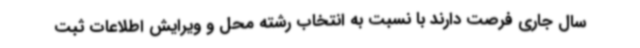
سال جاری فرصت دارند با نسبت به انتخاب رشته محل و ویرایش اطلاعات ثبت